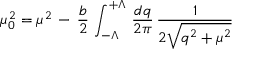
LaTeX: \mu _ { 0 } ^ { 2 } = \mu ^ { 2 } \, - \, { \frac { b } { 2 } } \, \int _ { - \Lambda } ^ { + \Lambda } \, { \frac { d q } { 2 \pi } } \, { \frac { 1 } { 2 \sqrt { q ^ { 2 } + \mu ^ { 2 } } } }